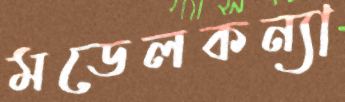
মডেলকন্যা